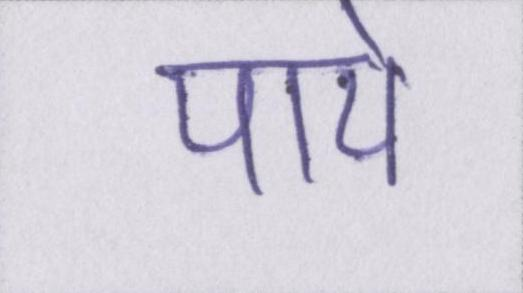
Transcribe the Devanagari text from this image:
पाये